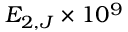
E _ { 2 , J } \times 1 0 ^ { 9 }